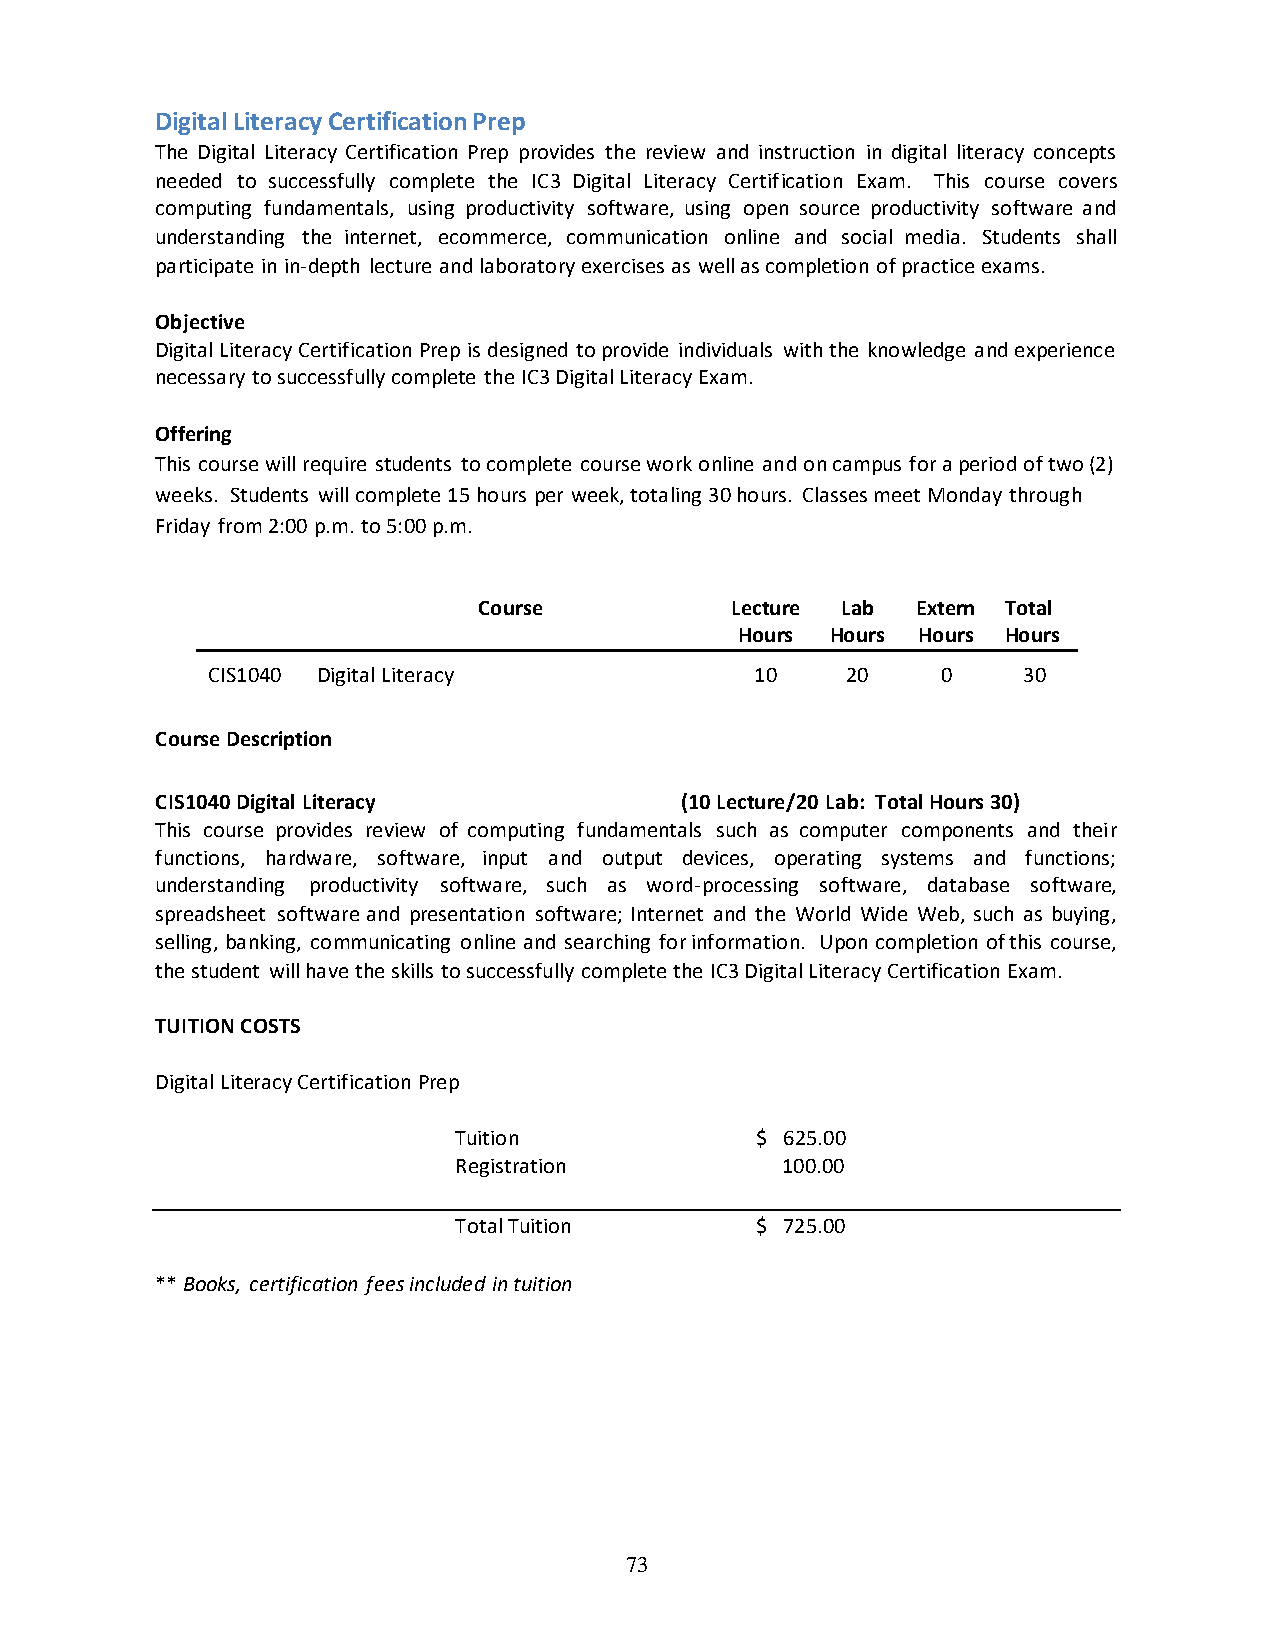
Digital Literacy Certification Prep
 The Digital Literacy Certification Prep provides the review and instruction in digital literacy concepts
 needed to successfully complete the IC3 Digital Literacy Certification Exam. This course covers
 computing fundamentals, using productivity software, using open source productivity software and
 understanding the internet, ecommerce, communication online and social media. Students shall
 participate in in-depth lecture and laboratory exercises as well as completion of practice exams.
 Objective
 Digital Literacy Certification Prep is designed to provide individuals with the knowledge and experience
 necessary to successfully complete the IC3 Digital Literacy Exam.
 Offering
 This course will require students to complete course work online and on campus for a period of two (2)
 weeks. Students will complete 15 hours per week, totaling 30 hours. Classes meet Monday through
 Friday from 2:00 p.m. to 5:00 p.m.
 Course          Lecture Lab  Extern Total
 Hours Hours Hours Hours
 CIS1040 Digital Literacy            10    20    0     30
 Course Description
 CIS1040 Digital Literacy           (10 Lecture/20 Lab: Total Hours 30)
 This course provides review of computing fundamentals such as computer components and their
 functions, hardware, software, input and output devices, operating systems and functions;
 understanding productivity software, such as word-processing software, database software,
 spreadsheet software and presentation software; Internet and the World Wide Web, such as buying,
 selling, banking, communicating online and searching for information. Upon completion of this course,
 the student will have the skills to successfully complete the IC3 Digital Literacy Certification Exam.
 TUITION COSTS
 Digital Literacy Certification Prep
 Tuition             $ 625.00
 Registration          100.00
 Total Tuition       $ 725.00
 ** Books, certification fees included in tuition
 73